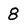
Character: 8